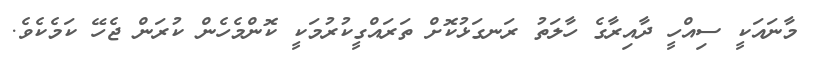
މާނައަކީ ސިއްހީ ދާއިރާގެ ހާލަތު ރަނގަޅުކޮށް ތަރައްގީކުރުމަކީ ކޮންމެހެން ކުރަން ޖެހޭ ކަމެކެވެ.